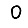
Digit: 0